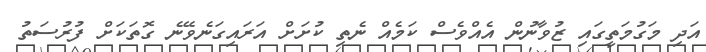
އަދި މަގުމަތީގައި ޒުވާނުން އެއްވެސް ކަމެއް ނެތި ކުށަށް އަރައިގަނެވޭނެ ގޮތަކަށް ފުރުސަތު